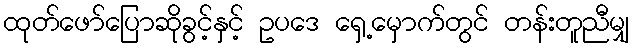
ထုတ်ဖော်ပြောဆိုခွင့်နှင့် ဥပဒေ ရှေ့မှောက်တွင် တန်းတူညီမျှ